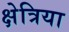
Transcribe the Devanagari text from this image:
क्षेत्रिया